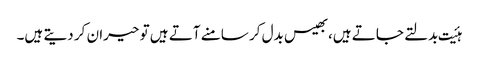
ہئیت بدلتے جاتے ہیں،بھیس بدل کر سامنے آتے ہیں تو حیران کر دیتے ہیں۔